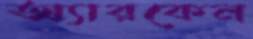
অ্যারকেন